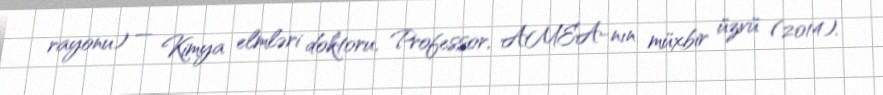
rayonu) — Kimya elmləri doktoru, Professor, AMEA-nın müxbir üzvü (2014).